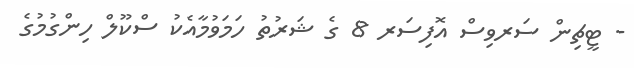
- ޓީޗިން ސަރވިސް އޮފިސަރ 8 ގެ ޝަރުތު ހަމަވުމާއެކު ސްކޫލް ހިންގުމުގެ